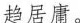
趋居庸。